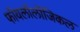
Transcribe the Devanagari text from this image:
फॉयलॉलॉजिकल